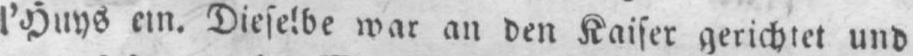
Dieselbe war an den Kaiser gerichtet und